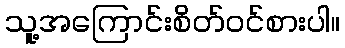
သူ့အကြောင်းစိတ်ဝင်စားပါ။